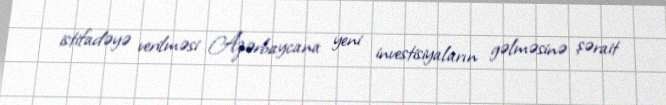
istifadəyə verilməsi Azərbaycana yeni investisiyaların gəlməsinə şərait